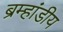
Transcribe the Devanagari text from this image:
ब्रम्हांडीय